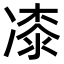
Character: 𭂜